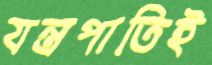
যন্ত্রপাতিই